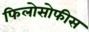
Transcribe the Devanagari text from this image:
फिलोसोफीस